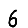
Digit: 6